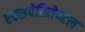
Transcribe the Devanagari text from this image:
एक्सपेरिमेण्टल